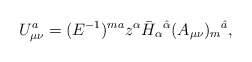
\begin{align*}U_{\mu \nu }^a = (E^{-1})^{ma} z^\alpha \bar{H}_\alpha {}^{\hat{\alpha }}(A_{\mu \nu })_m{}^{\hat{a}},\end{align*}